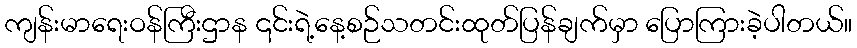
ကျန်းမာရေးဝန်ကြီးဌာန ၎င်းရဲ့နေ့စဉ်သတင်းထုတ်ပြန်ချက်မှာ ပြောကြားခဲ့ပါတယ်။